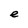
Character: e